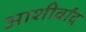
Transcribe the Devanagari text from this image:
आशीर्वांद